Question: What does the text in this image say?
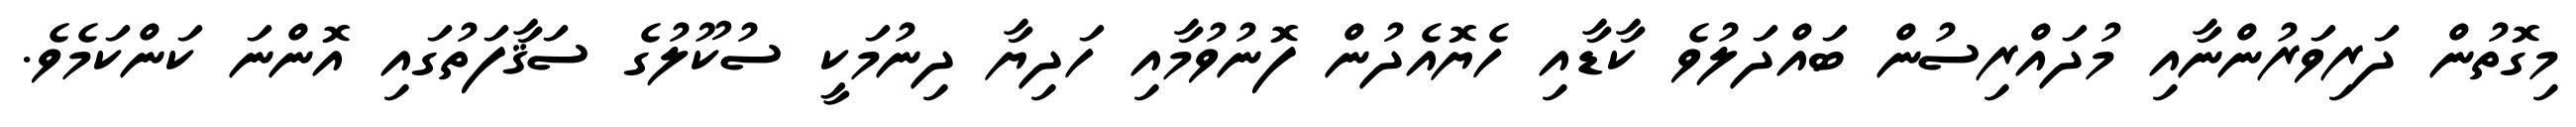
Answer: މިގޮތުން ދަރިވަރުންނާއި މުދައްރިސުން ބައްދަލުވެ ކާޑާއި ހެޔޮއެދުން ފޮނުވުމާއި ހަދިޔާ ދިނުމަކީ ސުކޫލުގެ ސަޤާފަތުގައި އޮންނަ ކަންކަމެވެ.